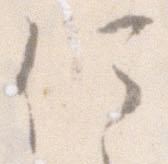
何